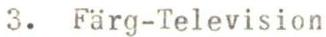
3. Färg-Television